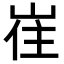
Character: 𡸌